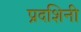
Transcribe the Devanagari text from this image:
प्रदशिनी